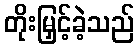
တိုးမြှင့်ခဲ့သည်